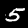
Digit: 5